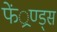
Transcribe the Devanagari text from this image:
फें्रण्ड्स